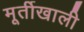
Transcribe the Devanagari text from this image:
मूर्तीखाली